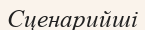
Сценарийші